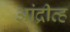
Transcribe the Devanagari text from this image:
आंद्रीव्ह